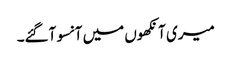
میری آنکھوں میں آنسو آگئے۔